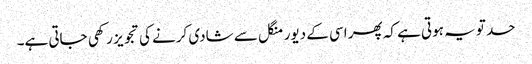
حد تو یہ ہوتی ہے کہ پھر اسی کے دیور منگل سے شادی کرنے کی تجویز رکھی جاتی ہے۔